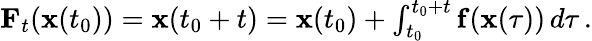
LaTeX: \begin{array}{r}{{\mathbf F}_{t}({\mathbf x}(t_{0}))={\mathbf x}(t_{0}+t)={\mathbf x}(t_{0})+\int_{t_{0}}^{t_{0}+t}\mathbf{f}({\mathbf x}(\tau))\, d\tau\, .}\end{array}